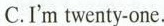
C.I'm twenty-one.